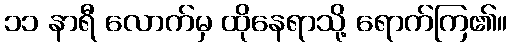
၁၁ နာရီ လောက်မှ ထိုနေရာသို့ ရောက်ကြ၏။